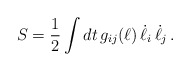
\begin{align*}S = {1\over 2} \int dt\, g_{ij}(\ell) \,\dot{\ell}_i \,\dot{\ell}_j \,.\end{align*}